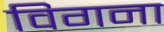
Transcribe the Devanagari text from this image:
विगना